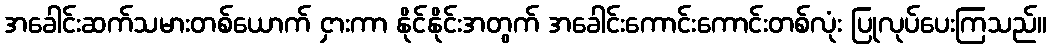
အခေါင်းဆက်သမားတစ်ယောက် ငှားကာ နိုင်နိုင်းအတွက် အခေါင်းကောင်းကောင်းတစ်လုံး ပြုလုပ်ပေးကြသည်။